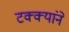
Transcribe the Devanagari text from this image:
टक्क्यांने